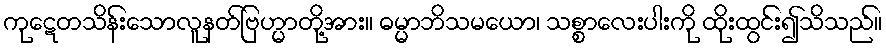
ကုဋေတသိန်းသောလူနတ်ဗြဟ္မာတို့အား။ ဓမ္မာဘိသမယော၊ သစ္စာလေးပါးကို ထိုးထွင်း၍သိသည်။